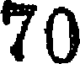
70